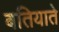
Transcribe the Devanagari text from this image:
बतियाते